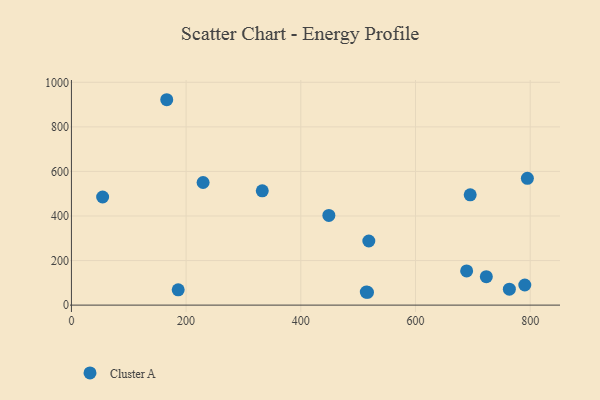
{"axis": {"x": "Study Hours", "y": "Rating"}, "legend": ["Cluster A"], "data": [{"x": "695.4", "y": 495.0, "type": "Cluster A"}, {"x": "229.6", "y": 550.4, "type": "Cluster A"}, {"x": "689.2", "y": 153.4, "type": "Cluster A"}, {"x": "514.2", "y": 58.6, "type": "Cluster A"}, {"x": "763.7", "y": 71.3, "type": "Cluster A"}, {"x": "795.1", "y": 569.2, "type": "Cluster A"}, {"x": "166.2", "y": 921.8, "type": "Cluster A"}, {"x": "516.3", "y": 57.6, "type": "Cluster A"}, {"x": "332.8", "y": 512.9, "type": "Cluster A"}, {"x": "723.5", "y": 127.5, "type": "Cluster A"}, {"x": "54.4", "y": 485.1, "type": "Cluster A"}, {"x": "448.9", "y": 402.7, "type": "Cluster A"}, {"x": "186.2", "y": 68.7, "type": "Cluster A"}, {"x": "790.6", "y": 90.2, "type": "Cluster A"}, {"x": "518.6", "y": 287.8, "type": "Cluster A"}]}